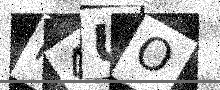
Text: M4UO